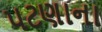
પટણાના